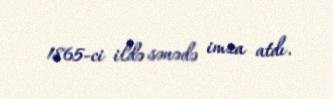
1865-ci ildə sənədə imza atdı.